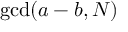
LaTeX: \operatorname* { g c d } ( a - b , N )